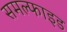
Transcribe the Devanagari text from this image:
समल्फाइड